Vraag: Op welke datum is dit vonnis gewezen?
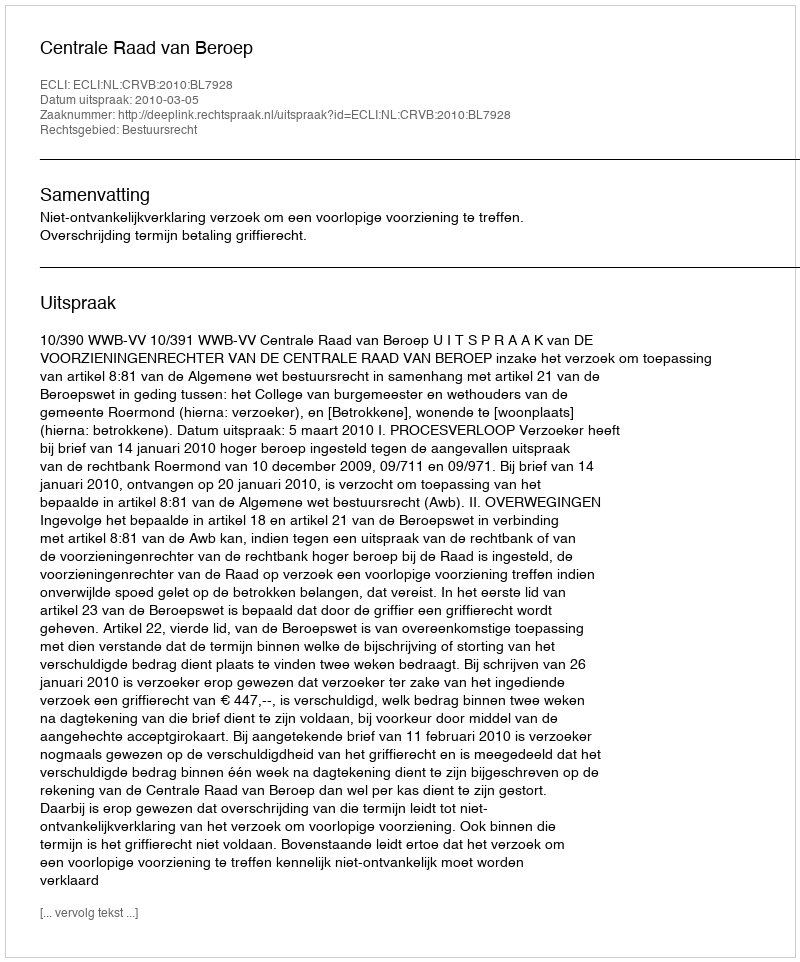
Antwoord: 2010-03-05